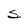
Character: S